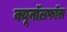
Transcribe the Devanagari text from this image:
क्यूनॉलफॉस